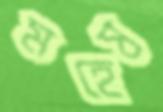
মহেষ